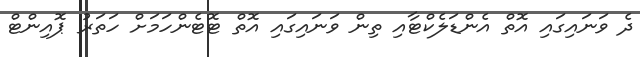
ދެ ވަނައިގައި އޮތް އެންޑަލެކްޓާއި ތިން ވަނައިގައި އޮތް ޓޮޓެންހަމަށް ހަތަރު ޕޮއިންޓް